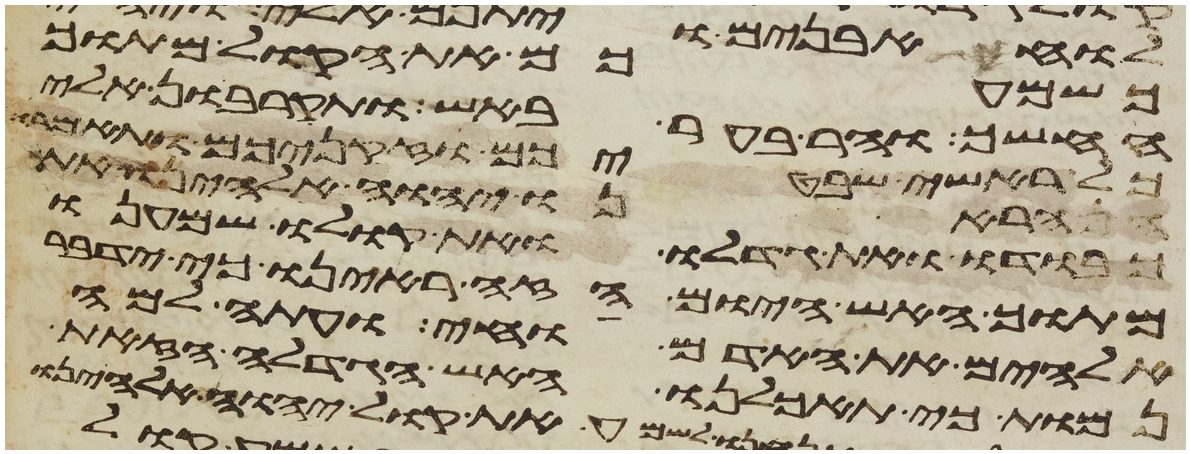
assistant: כשמעכם את הקול מתוך
החשך וההר בער באש ותקרבון אלי
כל ראשי שבטיכם וזקניכם ותאמרו
הראנו יהוה אלהינו את
כבודו ואת גדלו ואת קולו שמענו
מתוך האש היום הזה ראינו כי ידבר
אלהים את האדם וחי ועתה למה
נמות כי תאכלנו האש הגדלה הזאת